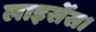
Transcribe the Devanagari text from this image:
लाइसेंस।